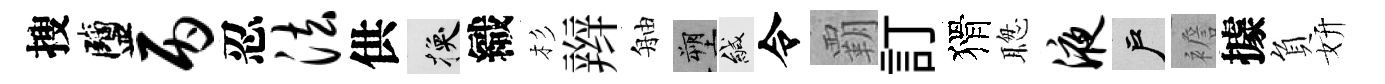
搜鹽丙忍法供换織杉辫舳塑緘令覇訂猾聦液户襜據負妍